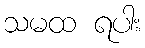
သမထ ရပါး